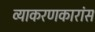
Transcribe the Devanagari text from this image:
व्याकरणकारांस